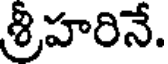
శ్రీహరినే.